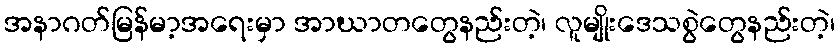
အနာဂတ်မြန်မာ့အရေးမှာ အာဃာတတွေနည်းတဲ့၊ လူမျိုးဒေသစွဲတွေနည်းတဲ့၊